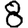
Digit: 8